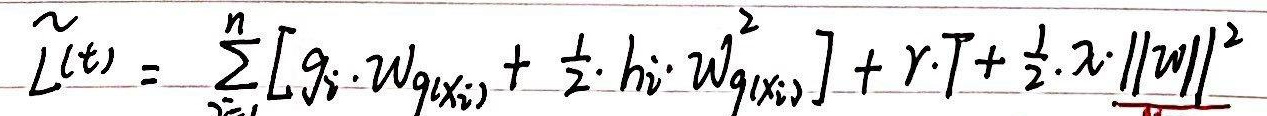
$\widetilde{L}^{(t)}=\sum_{i = 1}^{n}[g_{i} \cdot w_{g(x_{i})}+\frac{1}{2} \cdot h_{i} \cdot w_{g(x_{i})}^{2}]+r \cdot T+\frac{1}{2} \cdot \lambda \cdot \|w\|^{2}$